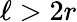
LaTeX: \ell>2r